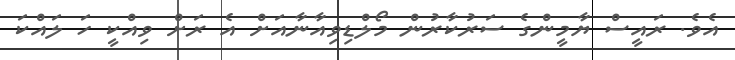
އެވެ. ރައީސް ޔާމީންގެ ސަރުކާރުން މޯލްޑިވިއާނާއަށް އެ ރަށް ވިއްކީ ހަ ލައްކަ